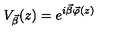
V _ { \vec { \beta } } ( z ) = e ^ { i \vec { \beta } \vec { \varphi } ( z ) }